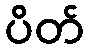
ပိတ်